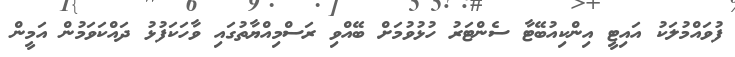
ފުވައްމުލަކު އައިޓީ އިންކިއުބޭޓާ ސެންޓަރު ހުޅުވުމަށް ބޭއްވި ރަސްމިއްޔާތުގައި ވާހަކަފުޅު ދައްކަވަމުން އަމީން